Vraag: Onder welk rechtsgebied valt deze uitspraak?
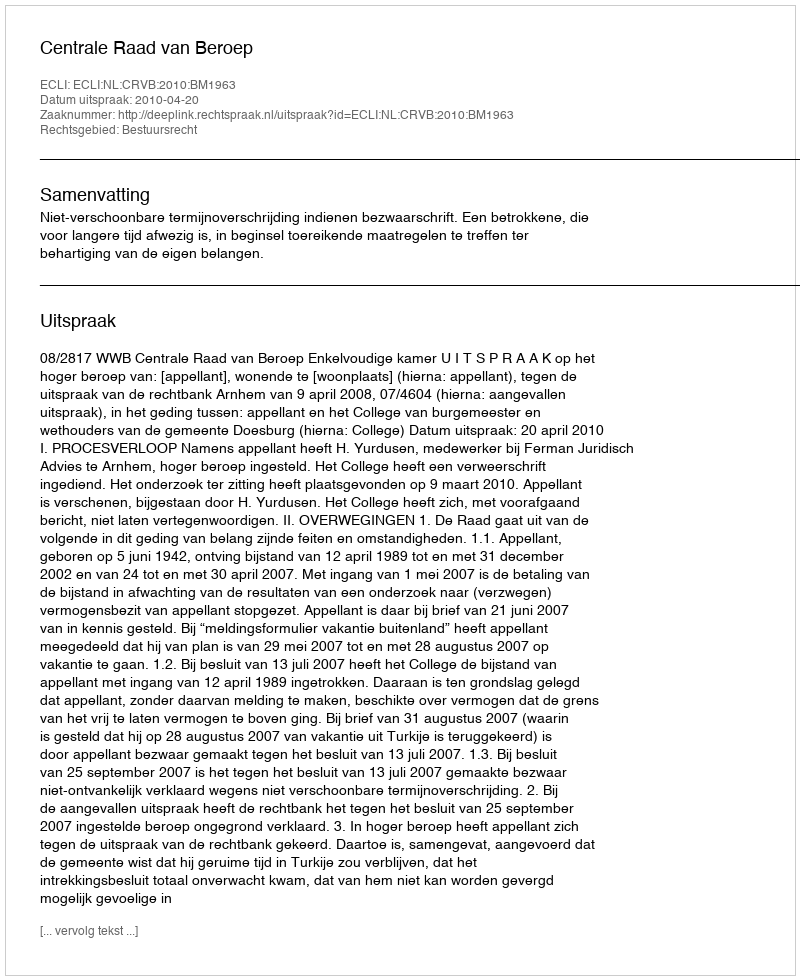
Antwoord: Bestuursrecht